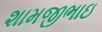
શામજીભાઇ